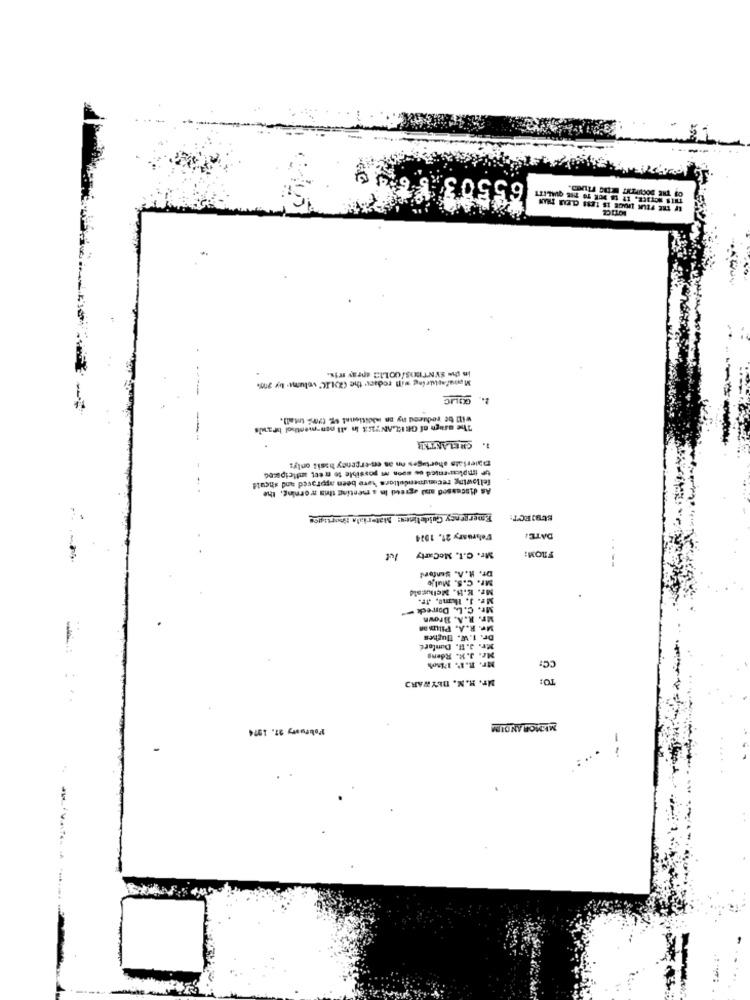
65503 5 6
IF THE FEUK IMAGE IS LESS CLEAR
in the SYNTIDS/UOLI spray fris.
Manufacturing win rodacy the (XMIC" volume by any.
will be reduced ny on iadditional sg toms total).
The usagh of GRELANTES in all non-menthol brawls
1. CRELANTER
materials shortages on as en-ergency hasil onlys
UP implemented os soon as possible to rect anticipoed
As discussed and agreed in a menting this morning. the
fellowing recon mendellors høre been approved and should
Emergency Guidelines: Materials Noopasgos
SUBJECT:
February 21. 1014
DATE:
FROM:
Mr. C.I. MoCarty
.---
Dr. H. A. Sanford
Mr. C.S. Mulje
Mr. K.H. Melkucale
Mr. 1. 1kmo, Jr.
Mr. C.L. Darreck
Mr. R.A. Brown
Mr. R. A. Pili on
Dr. 1.W. Hughes
Mr. 3. H. Dunford
Mr. J.K. Rdeng
Mr. R.I'. 1750%
CC:
Mr. H.N. DBYWARD
February 27. 1974
MEMORANDUM